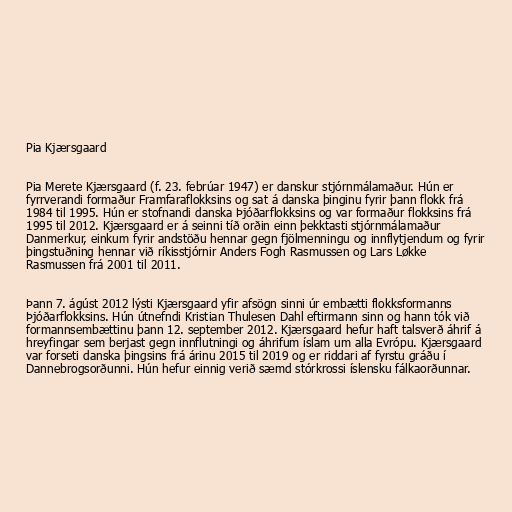
Pia Kjærsgaard

Pia Merete Kjærsgaard (f. 23. febrúar 1947) er danskur stjórnmálamaður. Hún er
fyrrverandi formaður Framfaraflokksins og sat á danska þinginu fyrir þann flokk frá
1984 til 1995. Hún er stofnandi danska Þjóðarflokksins og var formaður flokksins frá
1995 til 2012. Kjærsgaard er á seinni tíð orðin einn þekktasti stjórnmálamaður
Danmerkur, einkum fyrir andstöðu hennar gegn fjölmenningu og innflytjendum og fyrir
þingstuðning hennar við ríkisstjórnir Anders Fogh Rasmussen og Lars Løkke
Rasmussen frá 2001 til 2011.

Þann 7. ágúst 2012 lýsti Kjærsgaard yfir afsögn sinni úr embætti flokksformanns
Þjóðarflokksins. Hún útnefndi Kristian Thulesen Dahl eftirmann sinn og hann tók við
formannsembættinu þann 12. september 2012. Kjærsgaard hefur haft talsverð áhrif á
hreyfingar sem berjast gegn innflutningi og áhrifum íslam um alla Evrópu. Kjærsgaard
var forseti danska þingsins frá árinu 2015 til 2019 og er riddari af fyrstu gráðu í
Dannebrogsorðunni. Hún hefur einnig verið sæmd stórkrossi íslensku fálkaorðunnar.